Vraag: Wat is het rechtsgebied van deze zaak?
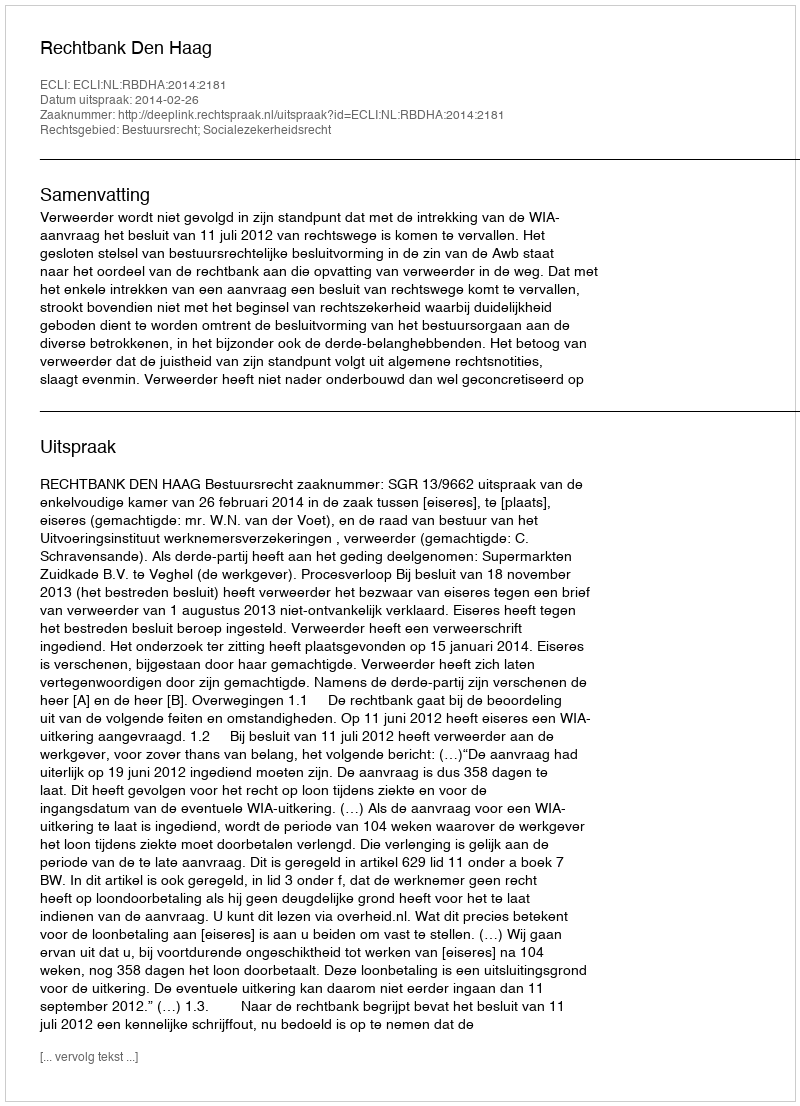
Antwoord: Bestuursrecht; Socialezekerheidsrecht